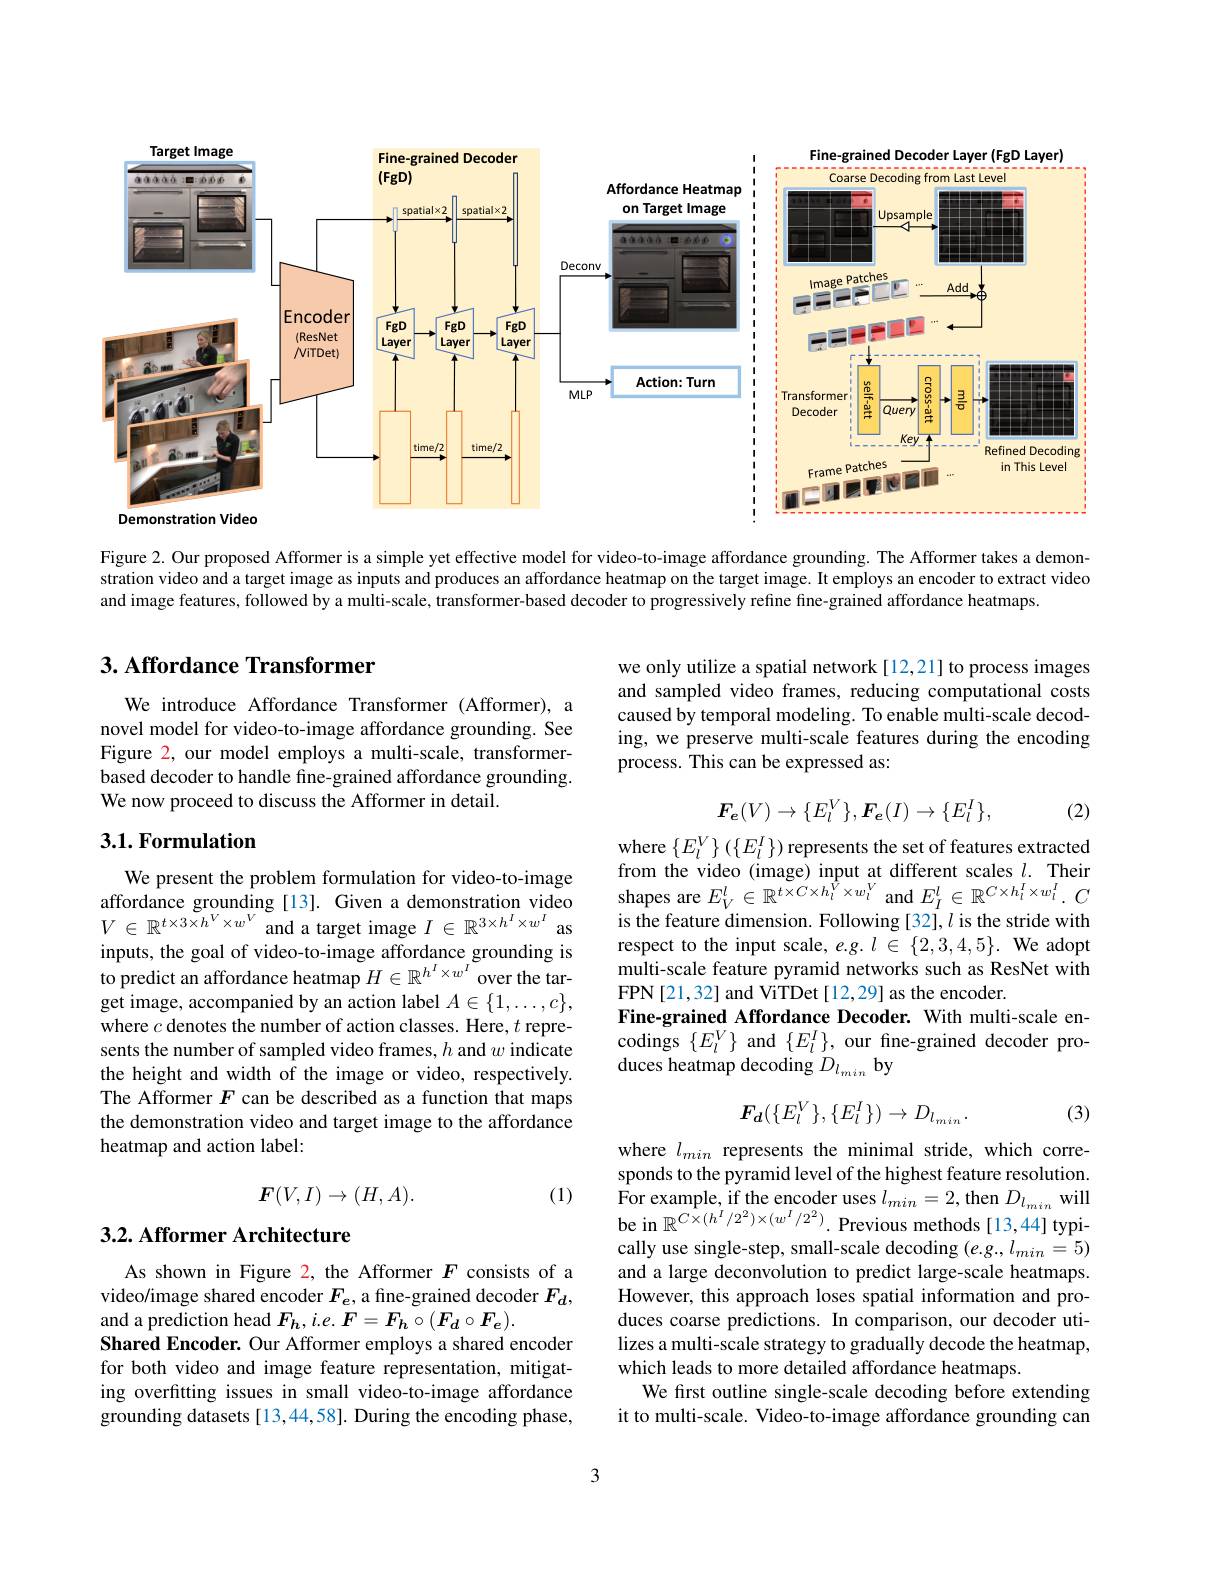
<FigureHere>

Figure 2. Our proposed Afformer is a simple yet effective model for video-to-image affordance grounding. The Afformer takes a demonstration video and a target image as inputs and produces an affordance heatmap on the target image. It employs an encoder to extract video and image features, followed by a multi-scale, transformer-based decoder to progressively refine fine-grained affordance heatmaps.

## 3. Affordance Transformer

we only utilize a spatial network [12,21] to process images and sampled video frames, reducing computational costs caused by temporal modeling. To enable multi-scale decoding, we preserve multi-scale features during the encoding process. This can be expressed as:

We introduce Affordance Transformer (Afformer), a novel model for video-to-image affordance grounding. See Figure 2, our model employs a multi-scale, transformerbased decoder to handle fine-grained affordance grounding. We now proceed to discuss the Afformer in detail.
$$F_{e}(V)\to\{E_{l}^{V}\},F_{e}(I)\to\{E_{l}^{I}\},$$
(2)

## 3.1. Formulation

where $\{E_l^V\}\left(\{E_l^I\}\right)$represents the set of features extracted from the video (image) input at different scales $l.$ Their shapes are $E_V^l\in\mathbb{R}^{t\times C\times h_l^V\times w_l^V}$ and $E_I^l\in\mathbb{R}^{C\times h_l^I\times w_l^I}.C$ is the feature dimension. Following [32], $l$ is the stride with respect to the input scale, $e.g.l\in\{2,3,4,5\}.$ We adopt multi-scale feature pyramid networks such as ResNet with FPN[21,32] and ViTDet[12,29] as the encoder.
Fine-grained Affordance Decoder. With multi-scale encodings $\{E_l^V\}$ and $\{E_l^I\}$, our fine-grained decoder produces heatmap decoding $D_l_{min}$ by

We present the problem formulation for video-to-image affordance grounding [13]. Given a demonstration video $V\in\mathbb{R}^{t\times3\times h^V\times w^V}$and a target image $I\in\mathbb{R}^3\times h^I\times w^I$ as inputs, the goal of video-to-image affordance grounding is to predict an affordance heatmap $H\in\mathbb{R}^h^I\times w^I$ over the target image, accompanied by an action label $A\in\{1,\ldots,c\}$, where $c$ denotes the number of action classes. Here, $t$ represents the number of sampled video frames, $h$ and $w$ indicate the height and width of the image or video, respectively. The Afformer $F$ can be described as a function that maps the demonstration video and target image to the affordance heatmap and action label:
$$F_{\boldsymbol{d}}(\{E_{l}^{V}\},\{E_{l}^{I}\})\to D_{l_{min}}.$$
(3)
$$F(V,I)\to(H,A).$$
(1)

## 3.2. Afformer Architecture

where $l_{min}$ represents the minimal stride, which corresponds to the pyramid level of the highest feature resolution. $\begin{array}{l}{\mathrm{For~example,~if~the~encoder~uses~}l_{min}=2,\mathrm{then~}D_{l_{min}}\mathrm{~will}}\\{\mathrm{be~in~}\mathbb{R}^{C\times(h^{I}/2^{2})\times(w^{I}/2^{2})}.\mathrm{~Previous~methods~[13,44]~typi-}}\end{array}$ cally use single-step, small-scale decoding $(e.g.,l_{min}=5)$ and a large deconvolution to predict large-scale heatmaps. However, this approach loses spatial information and produces coarse predictions. In comparison, our decoder utilizes a multi-scale strategy to gradually decode the heatmap, which leads to more detailed affordance heatmaps.
We first outline single-scale decoding before extending it to multi-scale. Video-to-image affordance grounding can

As shown in Figure 2, the Afformer $F$ consists of a video/image shared encoder $F_{e}$, a fine-grained decoder $F_d$, and a prediction head $F_{h},i.e.F=F_{h}\circ(F_{d}\circ F_{e}).$
Shared Encoder. Our Afformer employs a shared encoder for both video and image feature representation, mitigating overftting issues in small video-to-image affordance grounding datasets [13,44,58]. During the encoding phase,

3